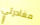
مغادرتي